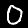
Digit: 0